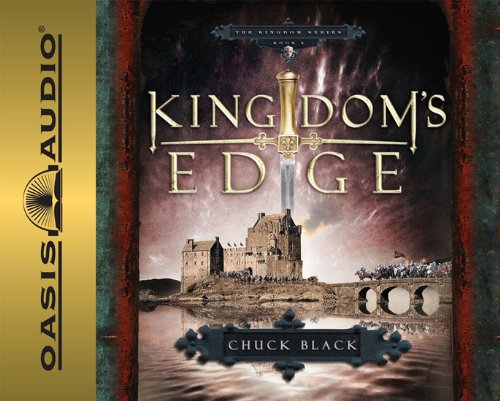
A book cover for Kingdom's Edge (Kingdom Series, Book 3); Chuck Black; Teen & Young Adult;